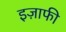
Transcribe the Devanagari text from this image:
इज़ाफी